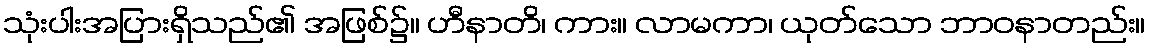
သုံးပါးအပြားရှိသည်၏ အဖြစ်၌။ ဟီနာတိ၊ ကား။ လာမကာ၊ ယုတ်သော ဘာဝနာတည်း။